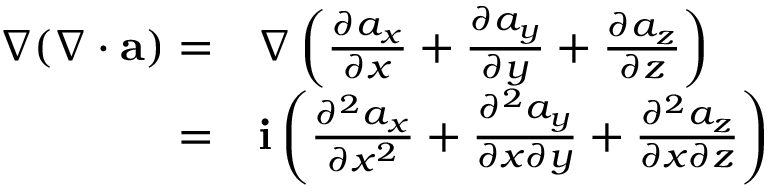
\begin{array} { r l } { \nabla ( \nabla \cdot { \mathbf a } ) = } & { { } \nabla \left( \frac { \partial a _ { x } } { \partial x } + \frac { \partial a _ { y } } { \partial y } + \frac { \partial a _ { z } } { \partial z } \right) } \\ { = } & { { } { \mathbf i } \left( \frac { \partial ^ { 2 } a _ { x } } { \partial x ^ { 2 } } + \frac { \partial ^ { 2 } a _ { y } } { \partial x \partial y } + \frac { \partial ^ { 2 } a _ { z } } { \partial x \partial z } \right) } \end{array}